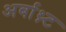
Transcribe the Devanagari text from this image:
अर्बाथ्न्ट